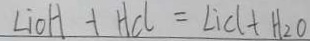
L i O H + H C l = L i C l + H _ { 2 } O